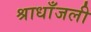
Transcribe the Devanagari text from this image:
श्राधाँजली